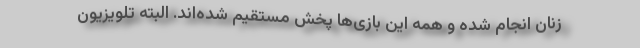
زنان انجام شده و همه این بازی‌ها پخش مستقیم شده‌اند. البته تلویزیون